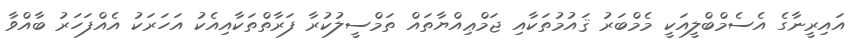
އައިރީނާގެ އެސެމްބްލީއަކީ މެމްބަރު ޤައުމުތަކާއި ޖަމްޢިއްޔާތައް ތަމްސީލުކުރާ ފަރާތްތަކާއިއެކު އަހަރަކު އެއްފަހަރު ބާއްވާ